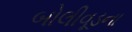
બોલીવૂડના